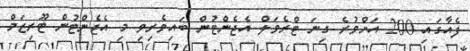
ފެއާގައި 200 އަށްވުރެ ގިނަ ޓްރެވަލް އެޖެންޓުން ބައިވެރިވި މި އެޖެންޓުން ޓޫރިޒަމް